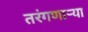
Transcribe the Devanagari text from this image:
तरंगणाऱ्या